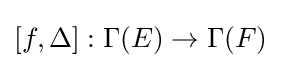
[f,\Delta ]:\Gamma (E)\to \Gamma (F)